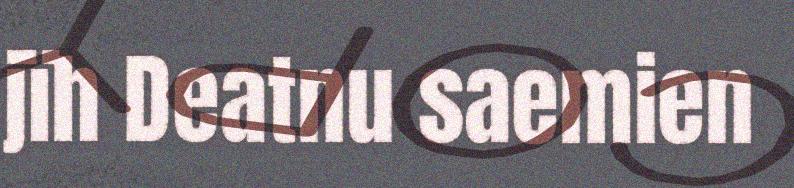
jïh Deatnu saemien